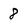
Character: 8